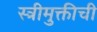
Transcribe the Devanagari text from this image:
स्त्रीमुक्तीची